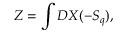
Z = \int { \cal D } X ( - S _ { q } ) ,